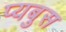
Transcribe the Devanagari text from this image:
प्यबुस